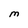
Character: M